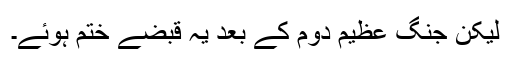
لیکن جنگ عظیم دوم کے بعد یہ قبضے ختم ہوئے۔